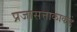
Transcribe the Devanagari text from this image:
प्रजासत्ताकाकडे